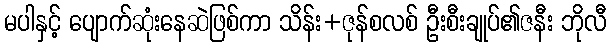
မပါနှင့် ပျောက်ဆုံးနေဆဲဖြစ်ကာ သိန်း+ဇုန်စလစ် ဦးစီးချုပ်၏ဇနီး ဘိုလီ